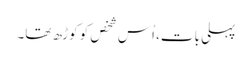
پہلی بات، اُس شخص کو کوڑھ تھا۔